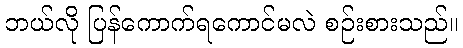
ဘယ်လို ပြန်ကောက်ရကောင်မလဲ စဉ်းစားသည်။